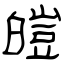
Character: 皚